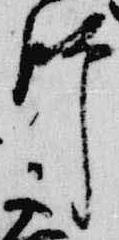
師